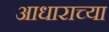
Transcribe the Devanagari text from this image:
आधाराच्या